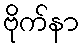
ဗိုက်နာ